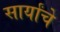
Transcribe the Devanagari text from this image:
सार्यांचे